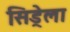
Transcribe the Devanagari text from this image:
सिड्रेला